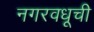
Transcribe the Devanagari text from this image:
नगरवधूची